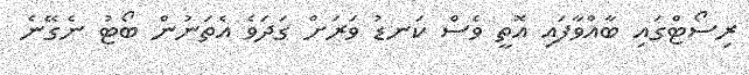
ރިސޯޓްގައި ބާއްވާފައި އޮތީ ވެސް ކަނޑު ވަރަށް ގަދަވެ އެތަނުން ބޯޓު ނެގޭނެ